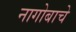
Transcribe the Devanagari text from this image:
नागोबाचे